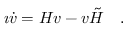
\imath \dot { v } = H v - v \tilde { H } ~ ~ ~ .